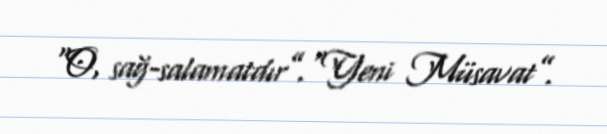
“O, sağ-salamatdır”.“Yeni Müsavat”.